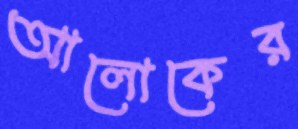
আলোকের